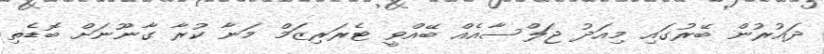
ދައުރުން ބޭރުގައި މިއަދު ޖަލްސާއެއް ބޭއްވީ ޓެރަރިޒަމް މަނާ ކުރާ ގާނޫނަށް ބޮޑެތި